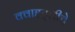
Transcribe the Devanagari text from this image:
क्वाह्ट्लीचे